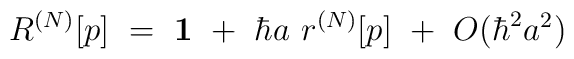
R^{(N)} [p]\ =\ {\bf 1}\ +\ \hbar a\ r^{(N)} [p] \ +\ O(\hbar^{2} a^{2})